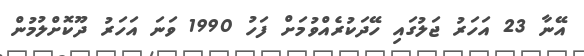
އޭނާ 23 އަހަރު ޖަލުގައި ހޭދަކުރެއްވުމަށް ފަހު 1990 ވަނަ އަހަރު ދޫކޮށްލުމުން